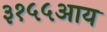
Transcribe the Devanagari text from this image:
३१५५आय